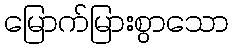
မြောက်မြားစွာသော